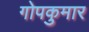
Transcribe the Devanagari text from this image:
गोपकुमार